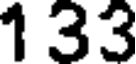
133